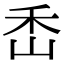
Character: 㟀